Lunatic asylums in Bengal annual reports 1899-1911 - 1899-1911
Year: 1899
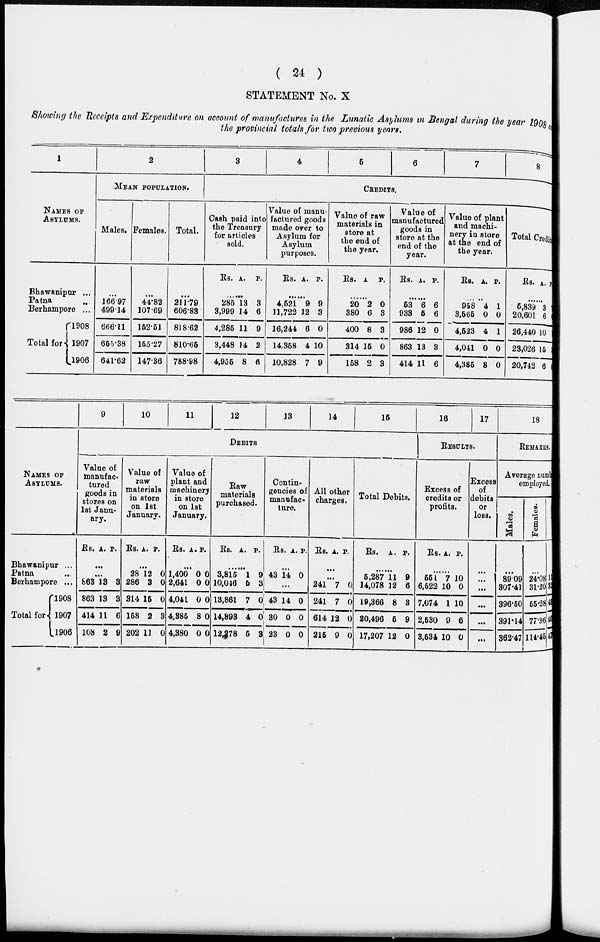
( 24 )
STATEMENT No. X
Showing the Receipts and Expenditure on account of manufactures in the Lunatic Asylums in Bengal during the year 1908
the provincial totals for two previous years.
1
NAMES OF
ASYLUMS.
Bhawanipur ...
Patna ...
Berhampore ...
Total for
1908
1907
1906
2
MEAN POPULATION.
Males.
...
166.97
499.14
666.11
655.38
641.62
Females.
...
44.82
107.69
152.51
155.27
147.36
Total.
...
211.79
606.83
818.62
810.65
788.98
3
4
5
6
7
8
CREDITS.
Cash paid into
the Treasury
for articles
sold.
Rs. A. P.
......
285
3,999
4,285
3,448
4,955
13
14
11
14
8
3
6
9
2
6
Value of manu-
factured goods
made over to
Asylum for
Asylum
purposes.
Rs. A. P.
......
4,521
11,722
16,244
14,358
10,828
9
12
6
4
7
9
3
0
10
9
Value of raw
materials in
store at
the end of
the year.
Rs. A P.
......
20
380
400
314
158
2
6
8
15
2
0
3
3
0
3
Value of
manufactured
goods in
store at the
end of the
year.
Rs. A. P.
......
53
933
986
863
414
6
5
12
13
11
6
6
0
3
6
Value of plant
and machi-
nery in store
at the end of
the year.
Rs. A. P.
......
958
3,565
4,523
4,041
4,385
4
0
4
0
8
1
0
1
0
0
Total Credit
Rs. A. P.
......
5,839
20,601
26,440
23,026
20,742
3
6
10
15
6
NAMES OF
ASYLUMS.
Bhawanipur ...
Patna ...
Berhampore ...
Total for
1908
1907
1906
9
10
11
12
13
14
15
DEBITS
Value of
manufac-
tured
goods in
stores on
1st Janu-
ary.
Rs. A. P.
...
...
863
863
414
108
13
13
11
2
3
3
6
9
Value of
raw
materials
in store
on 1st
January.
Rs. A. P.
...
28
286
314
158
202
12
3
15
2
11
0
0
0
3
0
Value of
plant and
machinery
in store
on 1st
January.
Rs. A. P.
...
1,400
2,641
4,041
4,385
4,380
0
0
0
8
0
0
0
0
0
0
Raw
materials
purchased.
Rs. A. P.
...
3,815
10,046
13,861
14,893
12,278
1
5
7
4
5
9
3
0
0
3
Contin-
gencies of
manufac-
ture.
Rs. A. P.
...
43 14 0
...
43
30
23
14
0
0
0
0
0
All other
charges.
Rs. A. P.
...
...
241
241
614
215
7
7
12
9
0
0
0
0
Total Debits.
Rs. A. P.
...
5,287
14,078
19,366
20,496
17,207
11
12
8
5
12
9
6
3
9
0
16
17
RESULTS.
Excess of
credits or
profits.
Rs. A. P.
...
551
6,522
7,074
2,530
3,534
7
10
1
9
10
10
0
10
6
0
Excess
of
debits
or
loss.
...
...
...
...
...
...
18
REMARKS.
Average number
employed.
Males.
...
89.09
307.41
396.50
391.14
362.47
Females.
...
24.08
31.20
55.28
77.36
114.45
Total.
...
1
3
46
46
4